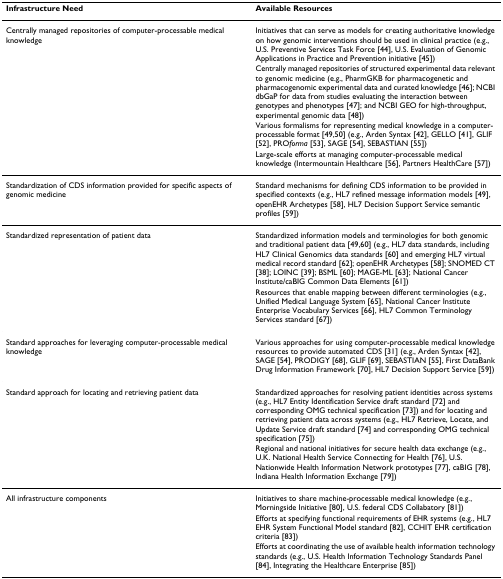
<table><thead><tr><td><b>Infrastructure Need</b></td><td><b>Available Resources</b></td></tr></thead><tbody><tr><td>Centrally managed repositories of computer-processable medical knowledge</td><td>Initiatives that can serve as models for creating authoritative knowledge on how genomic interventions should be used in clinical practice (e.g., U.S. Preventive Services Task Force [44], U.S. Evaluation of Genomic Applications in Practice and Prevention initiative [45])</td></tr><tr><td></td><td>Centrally managed repositories of structured experimental data relevant to genomic medicine (e.g., PharmGKB for pharmacogenetic and pharmacogenomic experimental data and curated knowledge [46]; NCBI dbGaP for data from studies evaluating the interaction between genotypes and phenotypes [47]; and NCBI GEO for high-throughput, experimental genomic data [48])</td></tr><tr><td></td><td>Various formalisms for representing medical knowledge in a computer-processable format [49,50] (e.g., Arden Syntax [42], GELLO [41], GLIF [52], PRO<i>forma </i>[53], SAGE [54], SEBASTIAN [55])</td></tr><tr><td></td><td>Large-scale efforts at managing computer-processable medical knowledge (Intermountain Healthcare [56], Partners HealthCare [57])</td></tr><tr><td>Standardization of CDS information provided for specific aspects of genomic medicine</td><td>Standard mechanisms for defining CDS information to be provided in specified contexts (e.g., HL7 refined message information models [49], openEHR Archetypes [58], HL7 Decision Support Service semantic profiles [59])</td></tr><tr><td>Standardized representation of patient data</td><td>Standardized information models and terminologies for both genomic and traditional patient data [49,60] (e.g., HL7 data standards, including HL7 Clinical Genomics data standards [60] and emerging HL7 virtual medical record standard [62]; openEHR Archetypes [58]; SNOMED CT [38]; LOINC [39]; BSML [60]; MAGE-ML [63]; National Cancer Institute/caBIG Common Data Elements [61])</td></tr><tr><td></td><td>Resources that enable mapping between different terminologies (e.g., Unified Medical Language System [65], National Cancer Institute Enterprise Vocabulary Services [66], HL7 Common Terminology Services standard [67])</td></tr><tr><td>Standard approaches for leveraging computer-processable medical knowledge</td><td>Various approaches for using computer-processable medical knowledge resources to provide automated CDS [31] (e.g., Arden Syntax [42], SAGE [54], PRODIGY [68], GLIF [69], SEBASTIAN [55], First DataBank Drug Information Framework [70], HL7 Decision Support Service [59])</td></tr><tr><td>Standard approach for locating and retrieving patient data</td><td>Standardized approaches for resolving patient identities across systems (e.g., HL7 Entity Identification Service draft standard [72] and corresponding OMG technical specification [73]) and for locating and retrieving patient data across systems (e.g., HL7 Retrieve, Locate, and Update Service draft standard [74] and corresponding OMG technical specification [75])</td></tr><tr><td></td><td>Regional and national initiatives for secure health data exchange (e.g., U.K. National Health Service Connecting for Health [76], U.S. Nationwide Health Information Network prototypes [77], caBIG [78], Indiana Health Information Exchange [79])</td></tr><tr><td>All infrastructure components</td><td>Initiatives to share machine-processable medical knowledge (e.g., Morningside Initiative [80], U.S. federal CDS Collabatory [81])</td></tr><tr><td></td><td>Efforts at specifying functional requirements of EHR systems (e.g., HL7 EHR System Functional Model standard [82], CCHIT EHR certification criteria [83])</td></tr><tr><td></td><td>Efforts at coordinating the use of available health information technology standards (e.g., U.S. Health Information Technology Standards Panel [84], Integrating the Healthcare Enterprise [85])</td></tr></tbody></table>